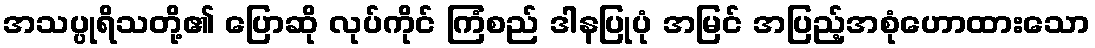
အသပ္ပုရိသတို့၏ ပြောဆို လုပ်ကိုင် ကြံစည် ဒါနပြုပုံ အမြင် အပြည့်အစုံဟောထားသော